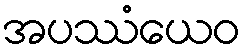
အပဿံယေဝ